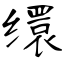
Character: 缳